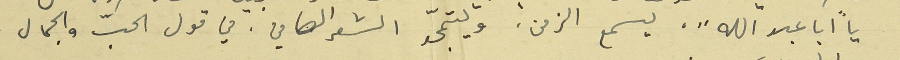
يا "ابا عبدالله"، يسمع الزمن، ويتمجّد الشعر الصافي. في قول الحبّ والجمال